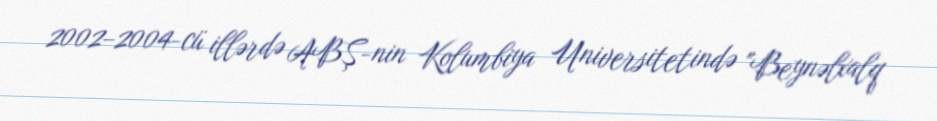
2002–2004-cü illərdə ABŞ-nin Kolumbiya Universitetində "Beynəlxalq